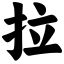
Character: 拉